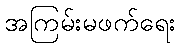
အကြမ်းမဖက်ရေး